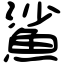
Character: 鯊